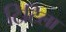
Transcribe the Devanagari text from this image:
टिटिला